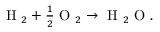
\begin{array} { r } { \mathrm { ~ H ~ } _ { 2 } + \frac { 1 } { 2 } \mathrm { ~ O ~ } _ { 2 } \rightarrow \mathrm { ~ H ~ } _ { 2 } \mathrm { ~ O ~ } . } \end{array}